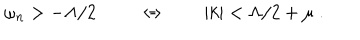
LaTeX: \omega _ { n } > - \Lambda / 2 \ \qquad \Leftrightarrow \qquad | k | < \Lambda / 2 + \mu \ .